Vaccine operations Central Provinces 1886-1899 - 1886-1899
Year: 1886
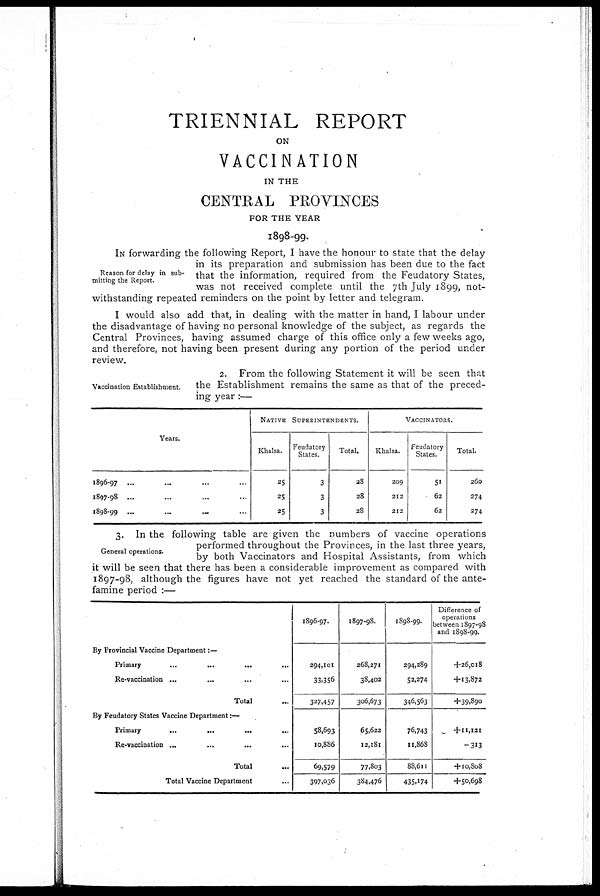
TRIENNIAL REPORT
ON
VACCINATION
IN THE
CENTRAL PROVINCES
FOR THE YEAR
1898-99.
Reason for delay in sub-
mitting the Report.
IN forwarding the following Report, I have the honour to state that the delay
in its preparation and submission has been due to the fact
that the information, required from the Feudatory States,
was not received complete until the 7th July 1899, not-
withstanding repeated reminders on the point by letter and telegram.
I would also add that, in dealing with the matter in hand, I labour under
the disadvantage of having no personal knowledge of the subject, as regards the
Central Provinces, having assumed charge of this office only a few weeks ago,
and therefore, not having been present during any portion of the period under
review.
2. From the following Statement it will be seen that
Vaccination Establishment. the Establishment remains the same as that of the preced-
ing year:—
Vaccination Establishment.
2. From the following Statement it will be seen that
the Establishment remains the same as that of the preced-
ing year:—
Years.
1896-97 ... ... ... ...
1897-98 ... ... ... ...
1898-99 ... ... ... ...
NATIVE SUPERINTENDENTS.
Khalsa.
25
25
25
Feudatory
States.
3
3
3
Total.
28
28
28
VACCINATORS.
Khalsa.
209
212
212
Feudatory
States.
51
62
62
Total.
260
274
274
General operations.
3. In the following table are given the numbers of vaccine operations
performed throughout the Provinces, in the last three years,
by both Vaccinators and Hospital Assistants, from which
it will be seen that there has been a considerable improvement as compared with
1897-98, although the figures have not yet reached the standard of the ante-
famine period :—
By Provincial Vaccine Department :—
Primary
...
...
...
...
Re-vaccination ... ... ... ...
Total ...
By Feudatory States Vaccine Department:—
Primary
...
...
...
...
Re-vaccination ... ... ... ...
Total ...
Total Vaccine Department ...
1896-97.
294,101
33,356
327,457
58,693
10,886
69,579
397,036
1897-98.
268,271
38,402
306,673
65,622
12,181
77,803
384,476
1898-99.
294,289
52,274
346,563
76,743
11,868
88,611
435,174
Difference of
operations
between 1897-98
and 1898-99.
+26,018
+13,872
+39,890
+11,121
—313
+10,808
+50,698